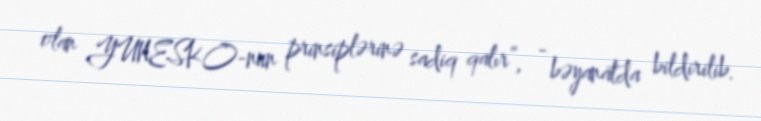
olan YUNESKO-nun prinsiplərinə sadiq qalır”, - bəyanatda bildirilib.